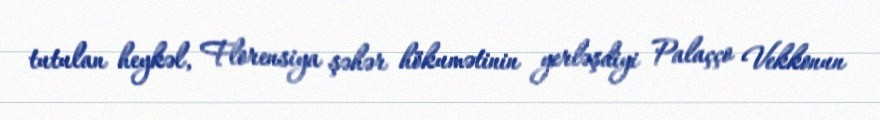
tutulan heykəl, Florensiya şəhər hökumətinin yerləşdiyi Palaçço Vekkonun